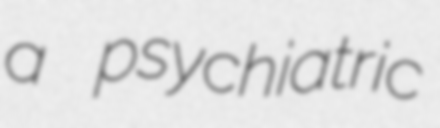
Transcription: a psychiatric